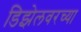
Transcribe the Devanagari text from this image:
डिझेलवरच्या